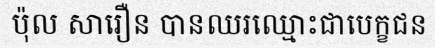
ប៉ុល សារឿន បានឈរឈ្មោះជាបេក្ខជន